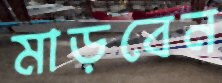
মাড়বেন